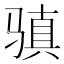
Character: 𩨋